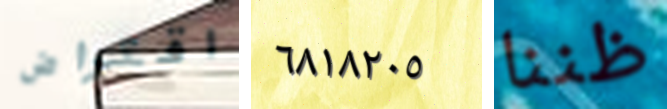
اقتراض ٦٨١٨٢٠٥ ظننا